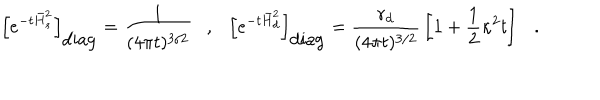
LaTeX: \left[ e ^ { - t \bar { H } _ { s } ^ { 2 } } \right] _ { \mathrm { d i a g } } = { \frac { 1 } { ( 4 \pi t ) ^ { 3 / 2 } } } , { } \left[ e ^ { - t \bar { H } _ { d } ^ { 2 } } \right] _ { \mathrm { d i a g } } = { \frac { r _ { d } } { ( 4 \pi t ) ^ { 3 / 2 } } } \left[ 1 + \frac 1 2 \kappa ^ { 2 } t \right] .